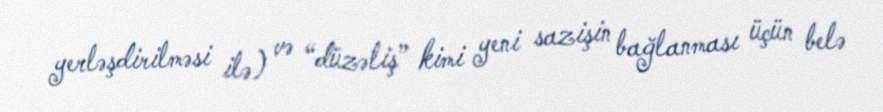
yerləşdirilməsi ilə) və “düzəliş” kimi yeni sazişin bağlanması üçün belə